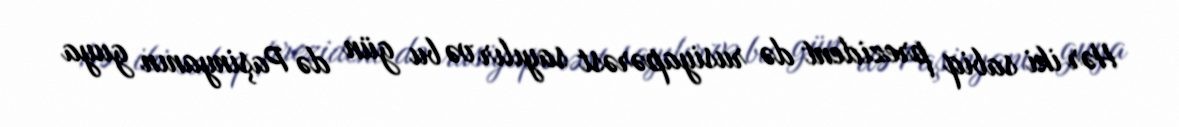
Hər iki sabiq prezident də rusiyapərəst sayılır və bu gün də Paşinyanın guya